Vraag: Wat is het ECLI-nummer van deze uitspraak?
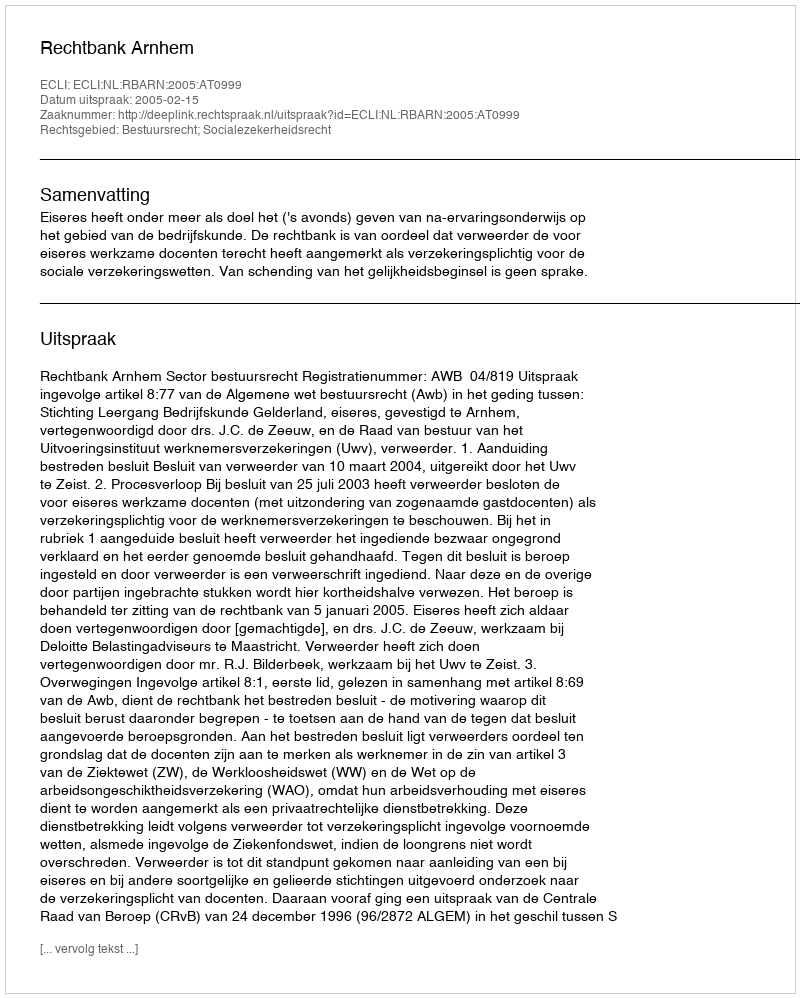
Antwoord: ECLI:NL:RBARN:2005:AT0999